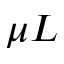
\mu L